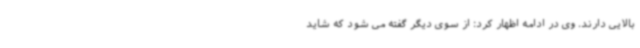
بالایی دارند. وی در ادامه اظهار کرد: از سوی دیگر گفته می شود که شاید